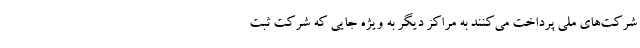
شرکت‌های ملی پرداخت می‌کنند به مراکز دیگر به ویژه جایی که شرکت ثبت